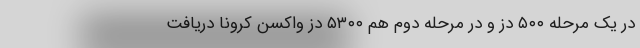
در یک مرحله ۵۰۰ دُز و در مرحله دوم هم ۵۳۰۰ دُز واکسن کرونا دریافت